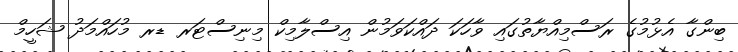
ބިންގާ އެޅުމުގެ ރަސްމިއްޔާތުގައި ވާހަކަ ދައްކަވަމުން އިސްލާމިކް މިނިސްޓަރ ޑރ މުހައްމަދު ޝަހީމް